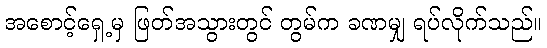
အစောင့်ရှေ့မှ ဖြတ်အသွားတွင် တွမ်က ခဏမျှ ရပ်လိုက်သည်။